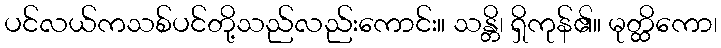
ပင်လယ်ကသစ်ပင်တို့သည်လည်းကောင်း။ သန္တိ၊ ရှိကုန်၏။ မုတ္ထိကော၊